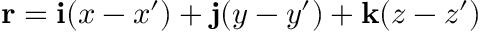
\mathbf { r } = \mathbf { i } ( x - x ^ { \prime } ) + \mathbf { j } ( y - y ^ { \prime } ) + \mathbf { k } ( z - z ^ { \prime } )